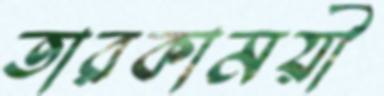
তারকাময়ী